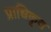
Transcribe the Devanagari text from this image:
प्राधिकृत